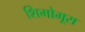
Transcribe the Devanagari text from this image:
शिमोमूरा